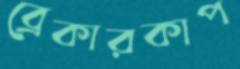
ব্রেকারকাপ